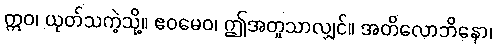
ဣဝ၊ ယုတ်သကဲ့သို့။ ဧဝမေဝ၊ ဤအတူသာလျှင်။ အတိလောဘိနော၊